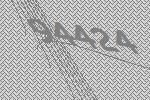
94424